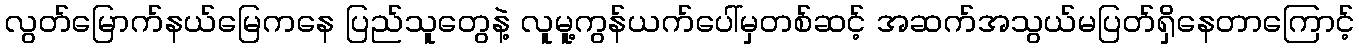
လွတ်မြောက်နယ်မြေကနေ ပြည်သူတွေနဲ့ လူမူ့ကွန်ယက်ပေါ်မှတစ်ဆင့် အဆက်အသွယ်မပြတ်ရှိနေတာကြောင့်